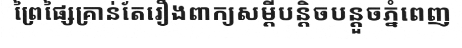
ព្រៃផ្សៃគ្រាន់តែរឿងពាក្យសម្តីបន្តិចបន្តួចភ្នំពេញ